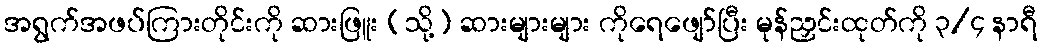
အရွက်အဖပ်ကြားတိုင်းကို ဆားဖြူး (သို့) ဆားများများ ကိုရေဖျော်ပြီး မုန်ညှင်းထုတ်ကို ၃/၄ နာရီ